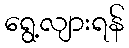
ရွေ့လျားရန်